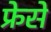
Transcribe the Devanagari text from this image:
फ्रेसे